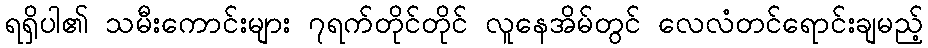
ရရှိပါ၏ သမီးကောင်းများ ၇ရက်တိုင်တိုင် လူနေအိမ်တွင် လေလံတင်ရောင်းချမည့်